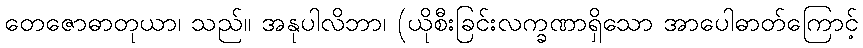
တေဇောဓာတုယာ၊ သည်။ အနုပါလိဘာ၊ (ယိုစီးခြင်းလက္ခဏာရှိသော အာပေါဓာတ်ကြောင့်